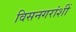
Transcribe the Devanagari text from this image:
विसनगरांशीं